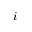
i